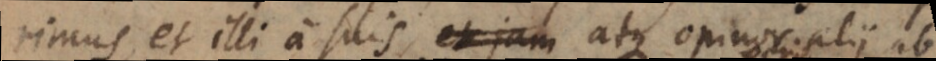
erimus, et illi a suis, et jam atque opinor alii ab